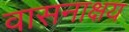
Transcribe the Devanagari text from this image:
वासनाक्षय